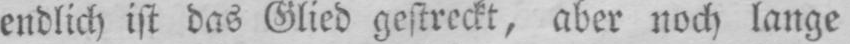
endlich ist das Glied gestreckt, aber noch lange